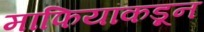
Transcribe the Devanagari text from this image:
माफियांकडून